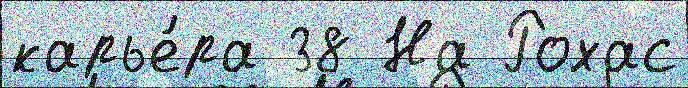
карье́ра 38 На Рохас